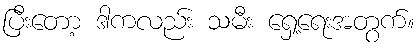
ပြီးတော့ ဒါကလည်း သမီး ရှေ့ရေးအတွက်။